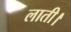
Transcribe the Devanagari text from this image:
लाती।